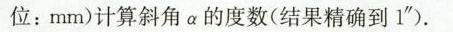
位：mm)计算斜角a的度数(结果精确到1”)。